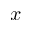
x